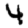
Digit: 4